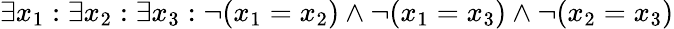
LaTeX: \exists x_{1}:\exists x_{2}:\exists x_{3}:\lnot(x_{1}=x_{2})\land\lnot(x_{1}=x_{3})\land\lnot(x_{2}=x_{3})